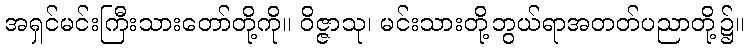
အရှင်မင်းကြီးသားတော်တို့ကို။ ဝိဇ္ဇာသု၊ မင်းသားတို့ဘွယ်ရာအတတ်ပညာတို့၌။